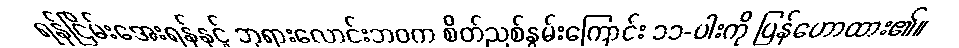
ရန်ငြိမ်းအေးရန်နှင့် ဘုရားလောင်းဘဝက စိတ်ညစ်နွမ်းကြောင်း ၁၁-ပါးကို ပြန်ဟောထား၏။